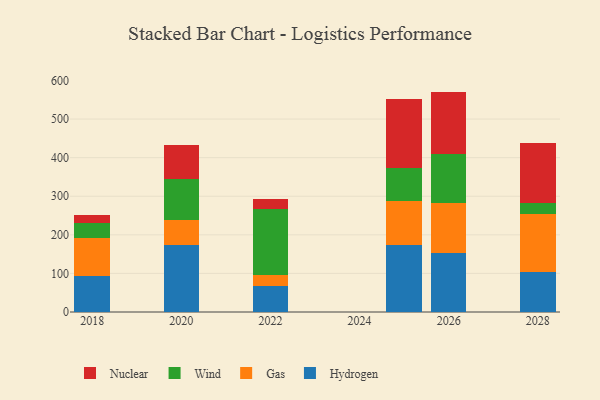
{"axis": {"x": "Year", "y": "Inventory Turnover"}, "legend": ["Gas", "Hydrogen", "Nuclear", "Wind"], "data": [{"x": "2026", "y": 151.7, "type": "Hydrogen"}, {"x": "2026", "y": 131.2, "type": "Gas"}, {"x": "2026", "y": 127.6, "type": "Wind"}, {"x": "2026", "y": 160.7, "type": "Nuclear"}, {"x": "2020", "y": 173.4, "type": "Hydrogen"}, {"x": "2020", "y": 65.0, "type": "Gas"}, {"x": "2020", "y": 105.1, "type": "Wind"}, {"x": "2020", "y": 88.9, "type": "Nuclear"}, {"x": "2022", "y": 66.3, "type": "Hydrogen"}, {"x": "2022", "y": 30.3, "type": "Gas"}, {"x": "2022", "y": 171.4, "type": "Wind"}, {"x": "2022", "y": 24.2, "type": "Nuclear"}, {"x": "2025", "y": 172.5, "type": "Hydrogen"}, {"x": "2025", "y": 115.5, "type": "Gas"}, {"x": "2025", "y": 85.4, "type": "Wind"}, {"x": "2025", "y": 178.3, "type": "Nuclear"}, {"x": "2018", "y": 93.7, "type": "Hydrogen"}, {"x": "2018", "y": 98.7, "type": "Gas"}, {"x": "2018", "y": 37.6, "type": "Wind"}, {"x": "2018", "y": 20.6, "type": "Nuclear"}, {"x": "2028", "y": 104.6, "type": "Hydrogen"}, {"x": "2028", "y": 148.6, "type": "Gas"}, {"x": "2028", "y": 28.1, "type": "Wind"}, {"x": "2028", "y": 156.0, "type": "Nuclear"}]}